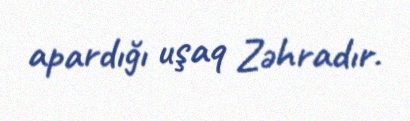
apardığı uşaq Zəhradır.